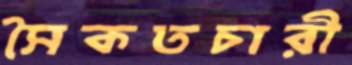
সৈকতচারী